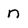
Character: n